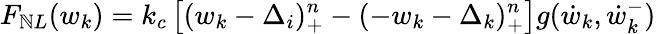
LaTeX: F_{\mathbb{N}L}(w_{k})=k_{c}\left[(w_{k}-\Delta_{i})_{+}^{n}-(-w_{k}-\Delta_{k})_{+}^{n}\right]g(\dot{{w}}_{k},\dot{{w}}_{k}^{-})